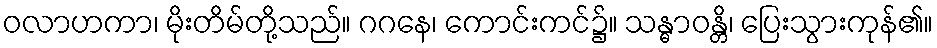
ဝလာဟကာ၊ မိုးတိမ်တို့သည်။ ဂဂနေ၊ ကောင်းကင်၌။ သန္ဓာဝန္တိ၊ ပြေးသွားကုန်၏။